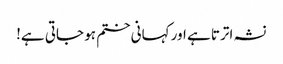
نشہ اترتا ہے اور کہانی ختم ہو جاتی ہے!